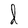
Character: d